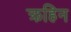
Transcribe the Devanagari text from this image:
क्रहिन